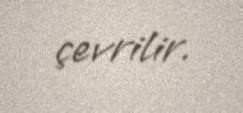
çevrilir.